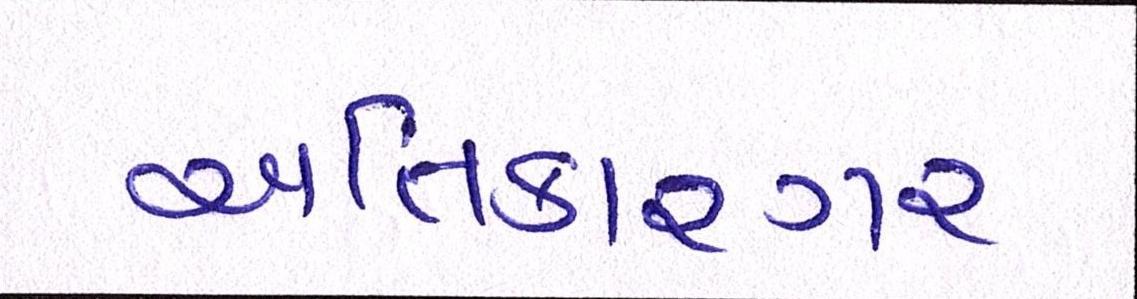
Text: અતિકારગર